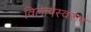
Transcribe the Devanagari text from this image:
विलापस्वरूप